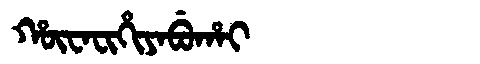
Manchu: ᡥᡡᠸᠠᠸᡳᡥᡳᠶᠠᠪᡠᡥᠠᡳ
Romanization: HŪWAFIHIYABUHAI